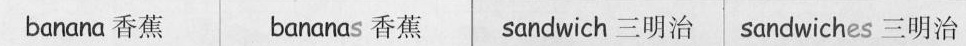
banana香蕉 bananas 香蕉| sandwich 三明治sandwiches 三明治